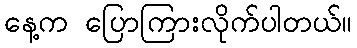
နေ့က ပြောကြားလိုက်ပါတယ်။